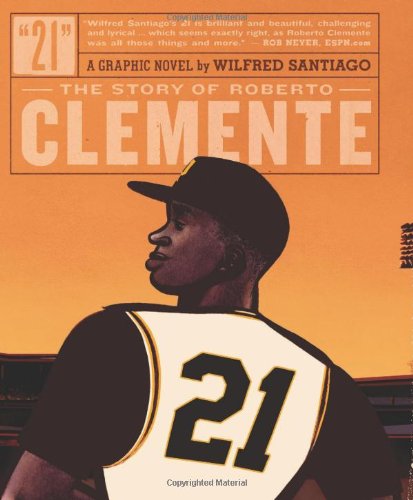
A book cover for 21: The Story of Roberto Clemente; Wilfred Santiago; Children's Books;